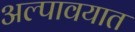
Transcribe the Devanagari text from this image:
अल्पावयात